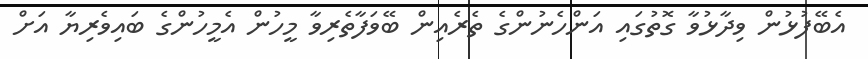
އެބޭފުޅުން ވިދާޅުުވާ ގޮތުގައި އަންހެނުންގެ ތެރެއިން ބޭވަފާތެރިވާ މީހުން އެމީހުންގެ ބައިވެރިޔާ އަށް